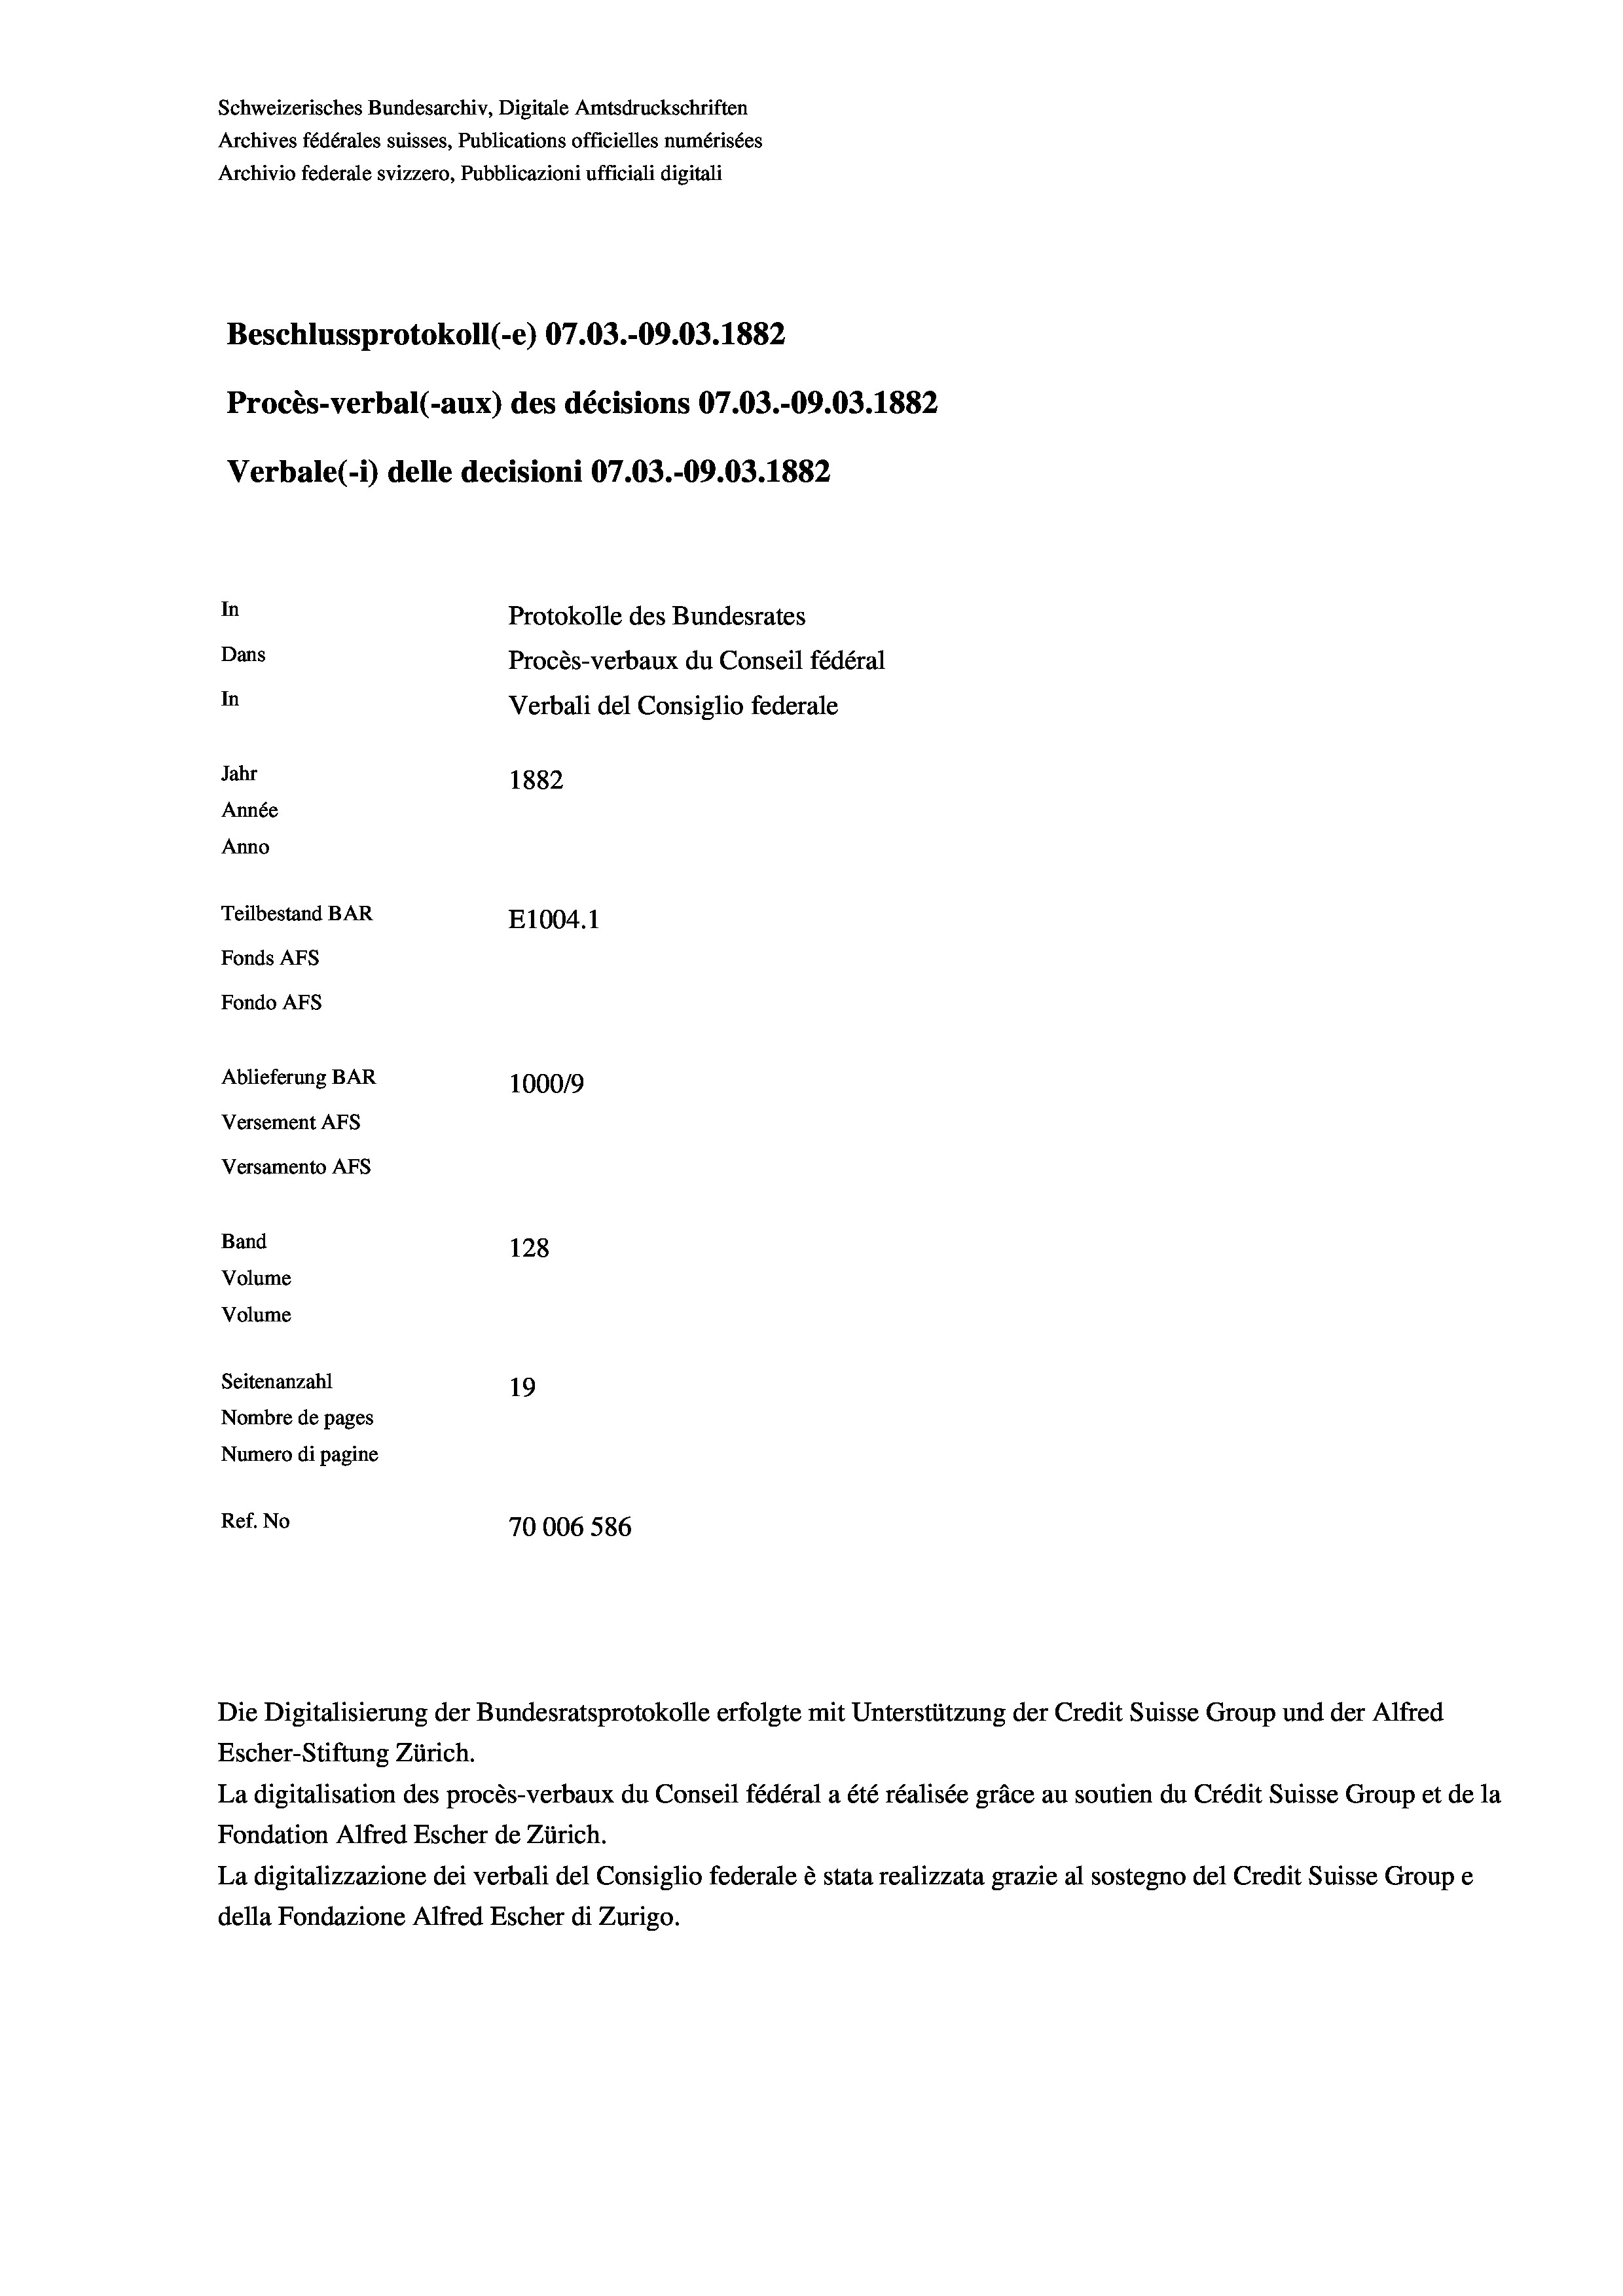
Schweizerisches Bundesarchiv, Digitale Amtsdruckschriften
Archives fédérales suisses, Publications officielles numérisées
Archivio federale svizzero, Pubblicazioni ufficiali digitali
Beschlussprotokoll (-e) 07.03.-09.03. 1882
Procès-verbal (-aux) des décisions 07.03.-09.03. 1882
Verbale(-*) delle decisioni 07.03.-09.03. 1882
In
Protokolle des Bundesrates
Dans
Procès-verbaux du Conseil fédéral
In
Verbali del Consiglio federale
Jahr
1882
Année
Anno
Teilbestand BAR
E1004. 1
Fonds AFs
Fondo Afs
Ablieferung BAR
100019
Versement AFs
Versamento Afs
Band
128
Volume
Volume
Seitenanzahl
19
Nombre de pages
Numero di pagine
Ref. No
70006 586

Escher-Stiftung Zürich.
La digitalisation des procès-verbaux du Conseil fédéral a été réalisée gräce au soutien du Crédit Suisse Group et de la
Fondation Alfred Escher de Zürich.
La digitalizzazione dei verbali del Consiglio federale è stata realizzata grazie al sostegno del Credit Suisse Groupe
della Fondazione Alfred Escher di Zurigo.

Die Digitalisierung der Bundesratsprotokolle erfolgte mit Unterstützung der Credit Suisse Group und der Alfred